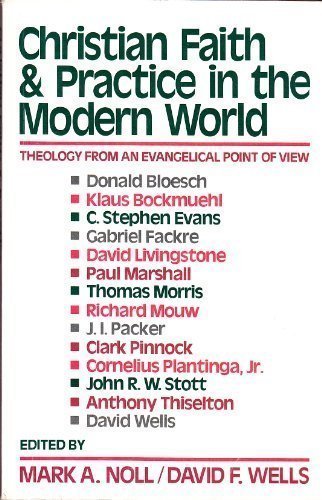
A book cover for Christian Faith and Practice in the Modern World: Theology from an Evangelical Point of View; Mark Noll; Christian Books & Bibles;